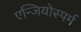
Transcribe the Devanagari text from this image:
एन्जियोस्पर्म